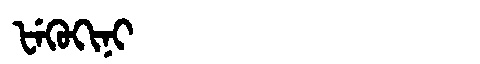
Manchu: ᡶᡝᡴᡠᡴᡳᠨᡳ
Romanization: FEKUKINI